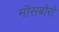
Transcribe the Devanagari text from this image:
मॉसबोरो